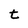
Character: t